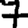
Digit: 7